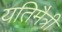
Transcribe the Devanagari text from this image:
यतिमैत्री